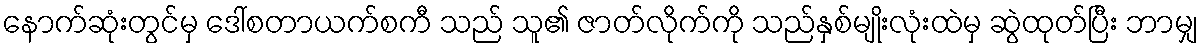
နောက်ဆုံးတွင်မှ ဒေါ်စတာယက်စကီ သည် သူ၏ ဇာတ်လိုက်ကို သည်နှစ်မျိုးလုံးထဲမှ ဆွဲထုတ်ပြီး ဘာမျှ